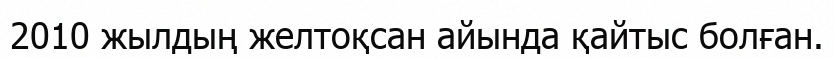
2010 жылдың желтоқсан айында қайтыс болған.